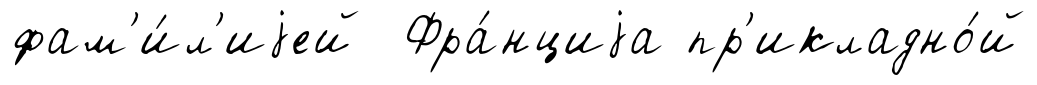
фам'и́л'иjей Фра́нциjа пр'икладно́й